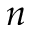
n